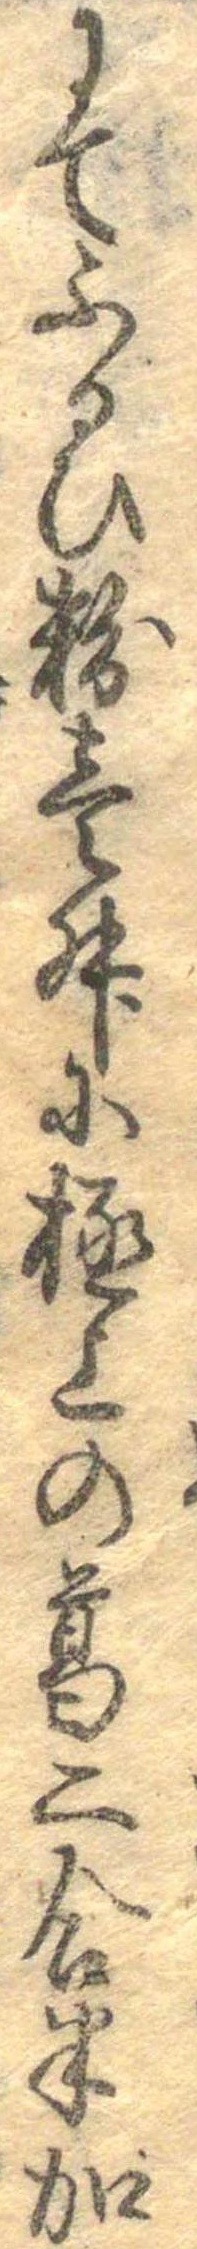
にてふるひ粉壱升に極上の葛二合半加